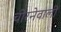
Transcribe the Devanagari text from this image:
चीरनेवाली